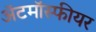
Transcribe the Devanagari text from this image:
ॲटमॉस्फीयर